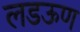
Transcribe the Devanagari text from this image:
लडऊण